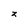
Character: z